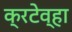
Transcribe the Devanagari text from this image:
क्रटेव्हा